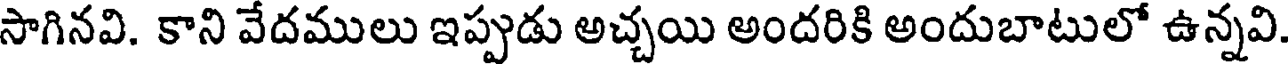
సాగినవి. కాని వేదములు ఇప్పుడు అచ్చయి అందరికి అందుబాటులో ఉన్నవి.